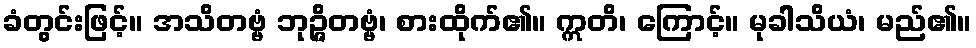
ခံတွင်းဖြင့်။ အသိတဗ္ဗံ ဘုဉ္ဇိတဗ္ဗံ၊ စားထိုက်၏။ ဣတိ၊ ကြောင့်။ မုခါသိယံ၊ မည်၏။